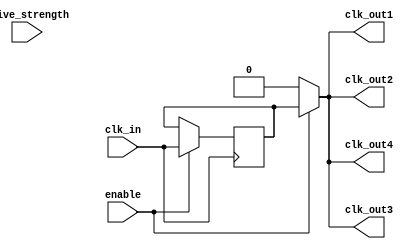
module HighFanoutClockBuffer (
    input wire clk_in,          // Input clock signal
    input wire enable,          // Enable signal
    input wire [1:0] drive_strength, // Drive strength control (2'b00 = low, 2'b01 = medium, 2'b10 = high)
    output wire clk_out1,       // First output clock signal
    output wire clk_out2,       // Second output clock signal
    output wire clk_out3,       // Third output clock signal
    output wire clk_out4        // Fourth output clock signal
);

// Parameter definitions
parameter LOW_DELAY = 2;        // Low drive strength delay
parameter MEDIUM_DELAY = 1;     // Medium drive strength delay
parameter HIGH_DELAY = 0;       // High drive strength delay

// Internal signals
reg clk_buff;                   // Buffered clock signal

// Clock input conditioning
always @(posedge clk_in) begin
    if (enable) begin
        // Adjust clock signal based on drive strength
        case (drive_strength)
            2'b00: begin
                #LOW_DELAY clk_buff <= clk_in; // Low drive strength
            end
            2'b01: begin
                #MEDIUM_DELAY clk_buff <= clk_in; // Medium drive strength
            end
            2'b10: begin
                #HIGH_DELAY clk_buff <= clk_in; // High drive strength
            end
            default: clk_buff <= clk_in; // Default case
        endcase
    end
end

// Output stage: Distributing the buffered clock
assign clk_out1 = enable ? clk_buff : 1'b0;
assign clk_out2 = enable ? clk_buff : 1'b0;
assign clk_out3 = enable ? clk_buff : 1'b0;
assign clk_out4 = enable ? clk_buff : 1'b0;

endmodule